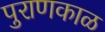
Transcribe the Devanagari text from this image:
पुराणकाळ